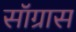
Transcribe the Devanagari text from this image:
सॉग्रास